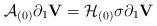
LaTeX: \begin{align*}\mathcal A_{(0)}\partial_1{\mathbf V}=\mathcal H_{(0)}\sigma\partial_1{\mathbf V}\end{align*}